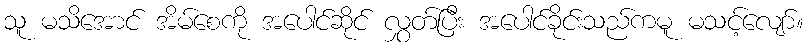
သူ မသိအောင် အိမ်စေကို အပေါင်ဆိုင် လွှတ်ပြီး အပေါင်ခိုင်းသည်ကမူ မသင့်လျော်။